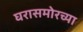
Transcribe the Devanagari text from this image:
घरासमोरच्या